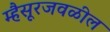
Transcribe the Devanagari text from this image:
म्हैसूरजवळील